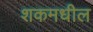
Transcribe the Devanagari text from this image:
शकमधील